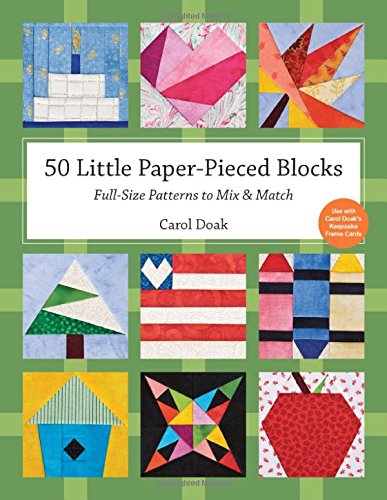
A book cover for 50 Little Paper- Pieced Blocks: Full-Size Patterns to Mix & Match; Carol Doak; Crafts, Hobbies & Home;